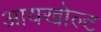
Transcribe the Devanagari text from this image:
आयखोल्ट